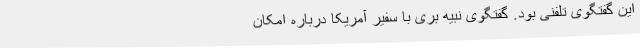
این گفتگوی تلفنی بود. گفتگوی نبیه بری با سفیر آمریکا درباره امکان